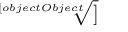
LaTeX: \sqrt [ [object Object] ] { { ~ } ^ { ~ } }